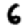
Digit: 6